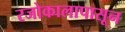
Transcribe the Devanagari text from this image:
रजोकालापासून